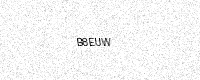
Text: B8EUW